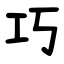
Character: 巧